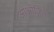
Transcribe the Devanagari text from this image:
आओजित